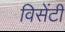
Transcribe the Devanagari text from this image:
विसेंटी